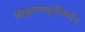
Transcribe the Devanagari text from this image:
श्रीकृष्णमूर्तीवर्णन